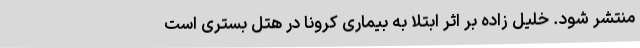
منتشر شود. خلیل زاده بر اثر ابتلا به بیماری کرونا در هتل بستری است